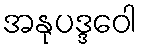
အနုပဒ္ဒဝေါ